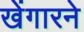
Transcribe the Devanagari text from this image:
खेंगारने